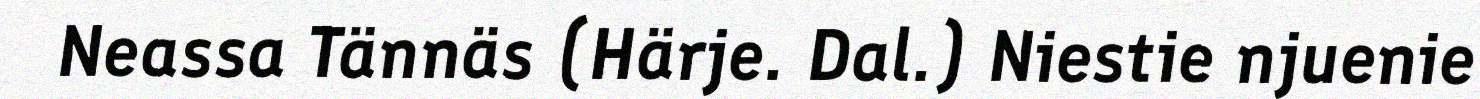
Neassa Tännäs (Härje. Dal.) Niestie njuenie